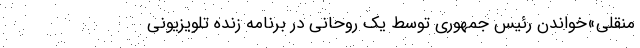
منقلی»خواندن رئیس جمهوری توسط یک روحانی در برنامه زنده تلویزیونی